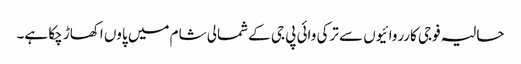
حالیہ فوجی کارروائیوں سے ترکی وائی پی جی کے شمالی شام میں پاوں اکھاڑ چکا ہے۔